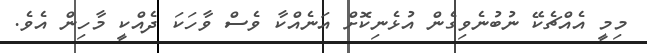
މިމީ އެއްޗެކޭ ނުބުނެވިގެން އުޅެނިކޮށް އަނެއްކާ ވެސް ވާހަކަ ދެއްކީ މާހިން އެވެ.